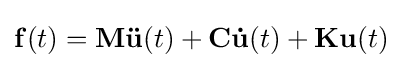
\mathbf {f} (t)=\mathbf {M{\ddot {u}}} (t)+\mathbf {C{\dot {u}}} (t)+\mathbf {Ku} (t)